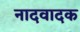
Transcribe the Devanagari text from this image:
नादवादक